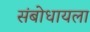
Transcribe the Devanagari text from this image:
संबोधायला